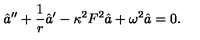
\hat { a } ^ { \prime \prime } + \frac { 1 } { r } \hat { a } ^ { \prime } - \kappa ^ { 2 } F ^ { 2 } \hat { a } + \omega ^ { 2 } \hat { a } = 0 .